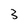
Character: 3